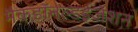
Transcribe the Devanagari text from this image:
मैकडॉनल्डईजेशन